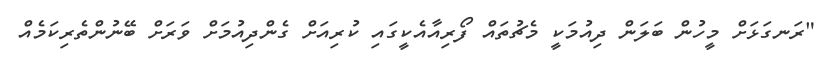
"ރަނގަޅަށް މީހުން ބަލަން ދިއުމަކީ މެޗުތައް ފޯރިއާއެކީގައި ކުރިއަށް ގެންދިއުމަށް ވަރަށް ބޭނުންތެރިކަމެއް